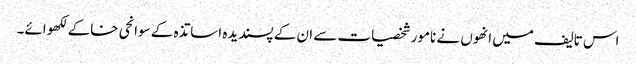
اس تالیف میں انھوں نے نامور شخصیات سے ان کے پسندیدہ اساتذہ کے سوانحی خاکے لکھوائے۔